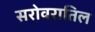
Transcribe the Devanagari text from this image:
सरोवरातिल